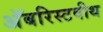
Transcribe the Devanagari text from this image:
अॅबरिस्टवीथ